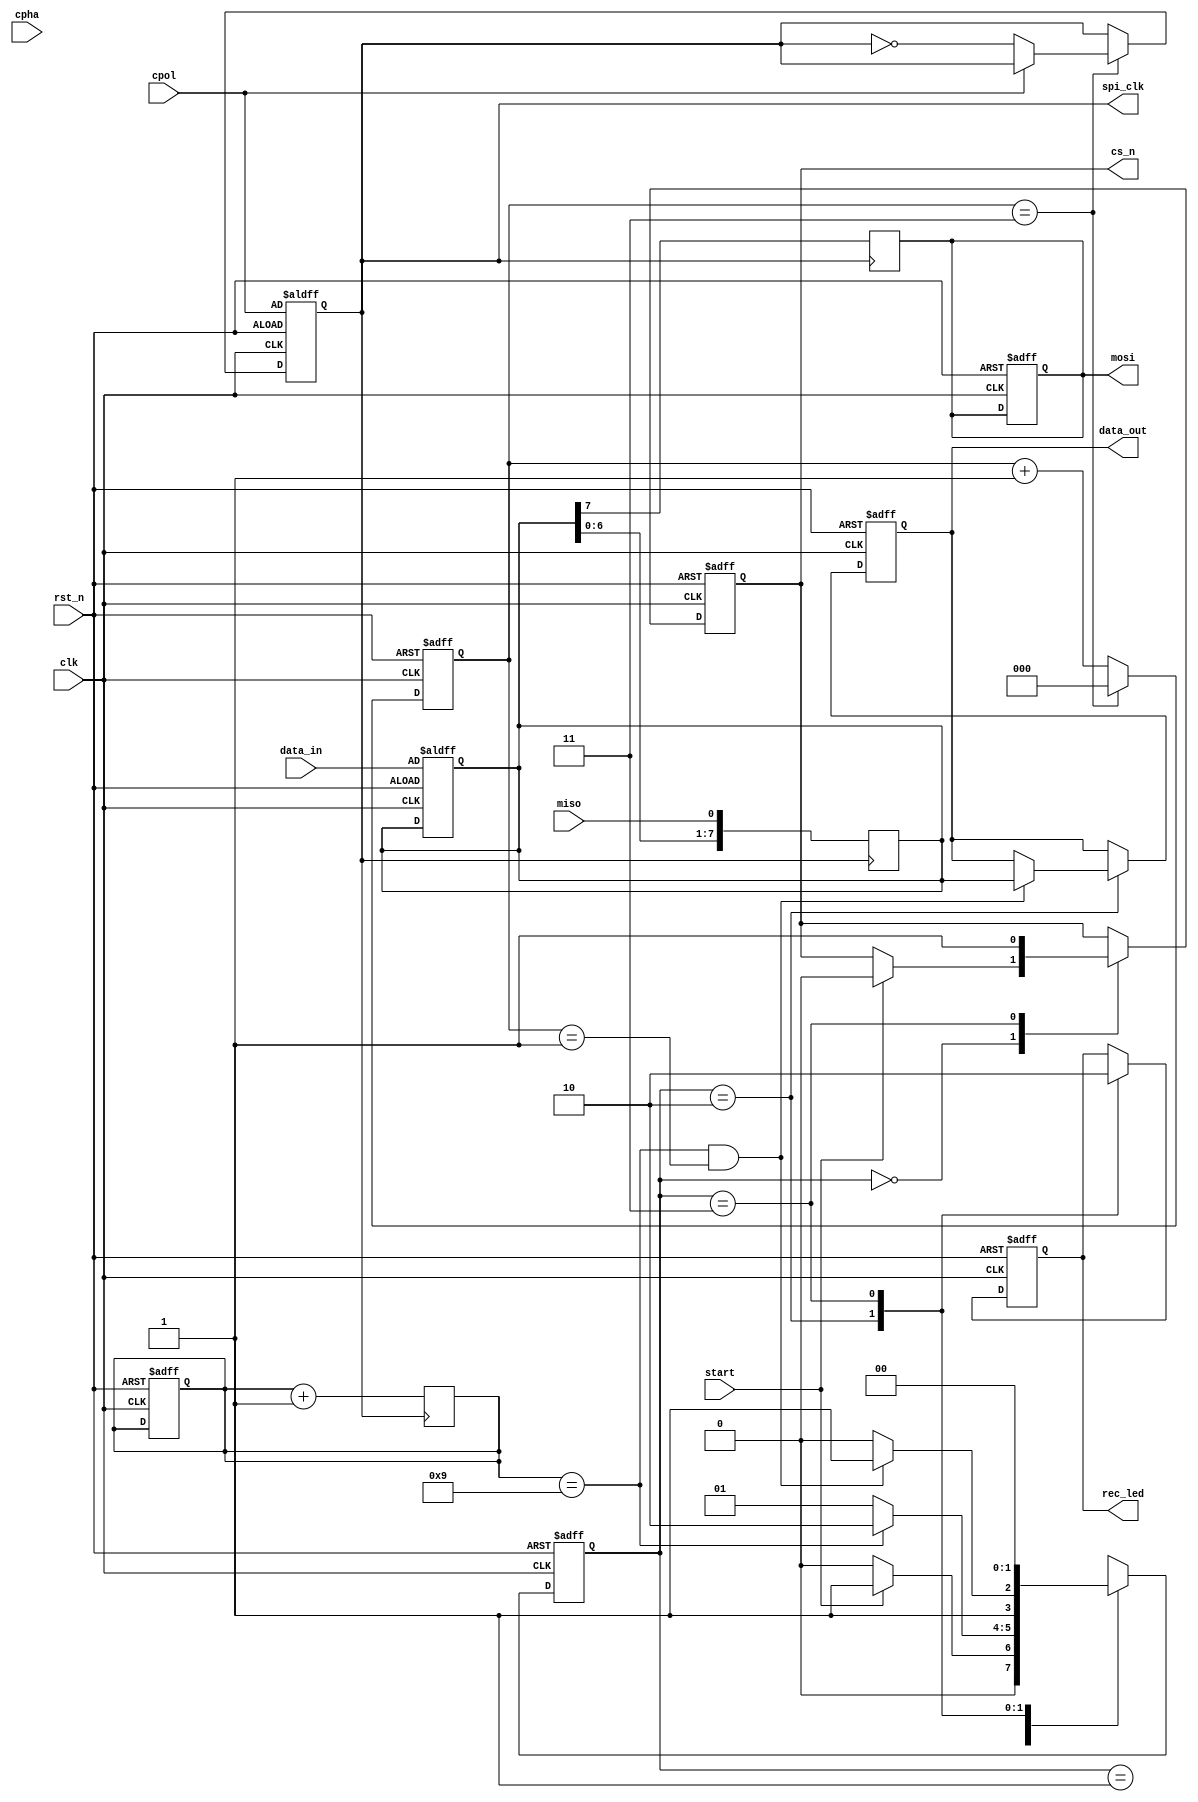
// Code your design here
module spi_master 
 (
    input wire clk,           // System clock
    input wire rst_n,         // Active-low reset
    input wire [7:0] data_in, // Data to be transmitted
    input wire start,         // Start signal
    output reg [7:0] data_out,// Received data
    output reg spi_clk,       // SPI clock
    output reg mosi,          // Master Out Slave In
    input wire miso,          // Master In Slave Out
    output reg cs_n,          // Chip Select, active low
   	output reg rec_led,       // LED indicating full data is received  
    input wire cpol,          // Clock polarity
    input wire cpha           // Clock phase
);

    // Parameters
    parameter DIVIDER = 4;    // System Clock divider
    parameter IDLE = 2'b00, SEND = 2'b01, RECEIVE = 2'b10, DONE = 2'b11;  //States to perform task of SPI

  
// Internal signals
    reg [1:0] state;
    reg [7:0] shift_reg;
    reg [3:0] bit_counter;
    reg [2:0] clk_counter; 
  
// Clock generation logic
    always @(posedge clk or negedge rst_n) 
    begin
        if (!rst_n) 
        begin
            clk_counter <= 0;
            spi_clk <= cpol;
        end 
      	else if (clk_counter == (DIVIDER - 1)) 
        begin
            spi_clk <= (cpol == 1) ? spi_clk : ~spi_clk;
            clk_counter <= 0;
        end
        else
      	begin
            clk_counter <= clk_counter + 1;
      	end
    end
  
// State machine logic
    always @(posedge clk or negedge rst_n) 
    begin
       if (!rst_n)
       begin
            shift_reg <= data_in;
            bit_counter <= 0;
            cs_n <= 1;
            mosi <= 0;
            data_out <= 0;
            state <= IDLE;
            rec_led <= 1'b0;
       end
      
       else
       begin   
       case (state)
            
      		IDLE: 
            begin
                  if (start)
                  begin
                    cs_n <= 0;
                    state = SEND;
                  end
                  else 
                    state = IDLE;
            end

            SEND: 
            begin
              if (bit_counter == 9) 
                    state = RECEIVE;
                else 
                    state = SEND;
            end

            RECEIVE: 
            begin
               rec_led <= 1'b1; 
              if(bit_counter == 9 && clk_counter == 1) 
            begin
                data_out <= shift_reg;
               
           // else if (bit_counter == 9) 
                state = DONE;
            end
              
            else 
                 state = RECEIVE;
            
            end

            DONE:
            begin
                rec_led <= 1'b0;
                cs_n <= 1;
                state = IDLE;
            end
          
            default:
                state = IDLE;
         
        endcase
       end
    end

  //task done in send state
  //logic for getting mosi signal (shifting left bit by bit)
    always @(posedge spi_clk) 
    begin
       mosi <= shift_reg[7];
       shift_reg <= {shift_reg[6:0], miso};
       bit_counter <= bit_counter + 1;
    end

endmodule